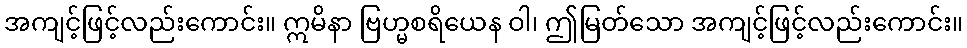
အကျင့်ဖြင့်လည်းကောင်း။ ဣမိနာ ဗြဟ္မစရိယေန ဝါ၊ ဤမြတ်သော အကျင့်ဖြင့်လည်းကောင်း။